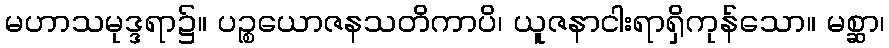
မဟာသမုဒ္ဒရာ၌။ ပဉ္စယောဇနသတိကာပိ၊ ယူဇနာငါးရာရှိကုန်သော။ မစ္ဆာ၊